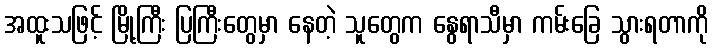
အထူးသဖြင့် မြို့ကြီး ပြကြီးတွေမှာ နေတဲ့ သူတွေက နွေရာသီမှာ ကမ်းခြေ သွားရတာကို